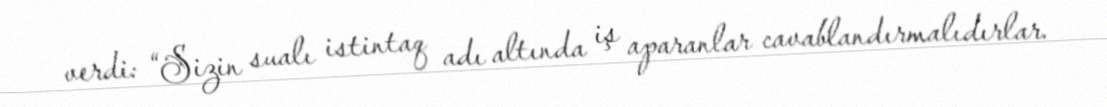
verdi: “Sizin sualı istintaq adı altında iş aparanlar cavablandırmalıdırlar.